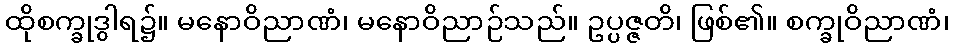
ထိုစက္ခုဒွါရ၌။ မနောဝိညာဏံ၊ မနောဝိညာဉ်သည်။ ဥပ္ပဇ္ဇတိ၊ ဖြစ်၏။ စက္ခုဝိညာဏံ၊